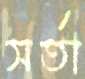
সর্তা